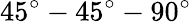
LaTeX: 45^{\circ}-45^{\circ}-90^{\circ}